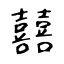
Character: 囍